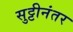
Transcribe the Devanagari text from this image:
सुट्टीनंतर